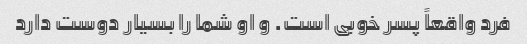
فرد واقعاً پسر خوبی است. و او شما را بسیار دوست دارد